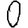
Digit: 0